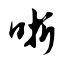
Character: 哳